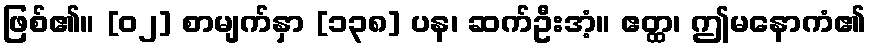
ဖြစ်၏။ [၀၂] စာမျက်နှာ [၁၃၈] ပန၊ ဆက်ဦးအံ့။ ဧတ္ထ၊ ဤမနောကံ၏